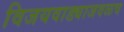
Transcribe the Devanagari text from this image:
विजयवाड्याजवळच